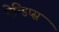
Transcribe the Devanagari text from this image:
मेन्डिप्स